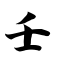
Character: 壬